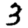
Digit: 3